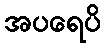
အပရေပိ